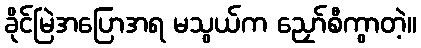
ခိုင်မြဲအပြောအရ မသွယ်က ညှော်စီကွာတဲ့။